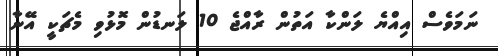
ނަމަވެސް އިއްޔެ ލަންކާ އަތުން ރާއްޖެ 10 ލަނޑުން މޮޅުވި މެޗަކީ އޭނާ